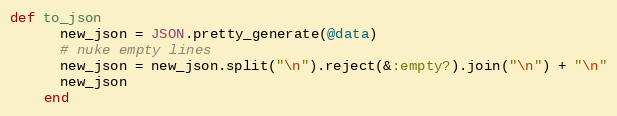
Language: Ruby
def to_json
      new_json = JSON.pretty_generate(@data)
      # nuke empty lines
      new_json = new_json.split("\n").reject(&:empty?).join("\n") + "\n"
      new_json
    end